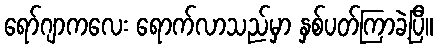
ရော်ဂျာကလေး ရောက်လာသည်မှာ နှစ်ပတ်ကြာခဲ့ပြီ။